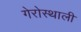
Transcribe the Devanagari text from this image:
गेरोस्थाली